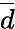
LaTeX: \overline{{d}}